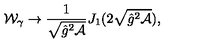
{ \cal W } _ { \gamma } \to \frac { 1 } { \sqrt { \hat { g } ^ { 2 } { \cal A } } } J _ { 1 } ( 2 \sqrt { \hat { g } ^ { 2 } { \cal A } } ) ,